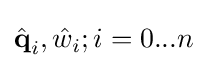
{\hat {\textbf {q}}}_{i},{\hat {w}}_{i};i=0...n